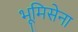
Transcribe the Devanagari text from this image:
भूमिसेना